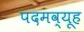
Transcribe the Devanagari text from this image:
पदमव्यूह